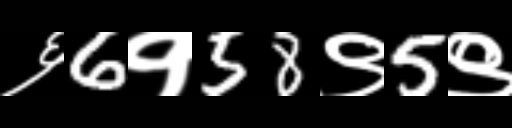
Text: ६6१58९5९